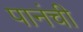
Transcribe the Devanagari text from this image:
पानंची